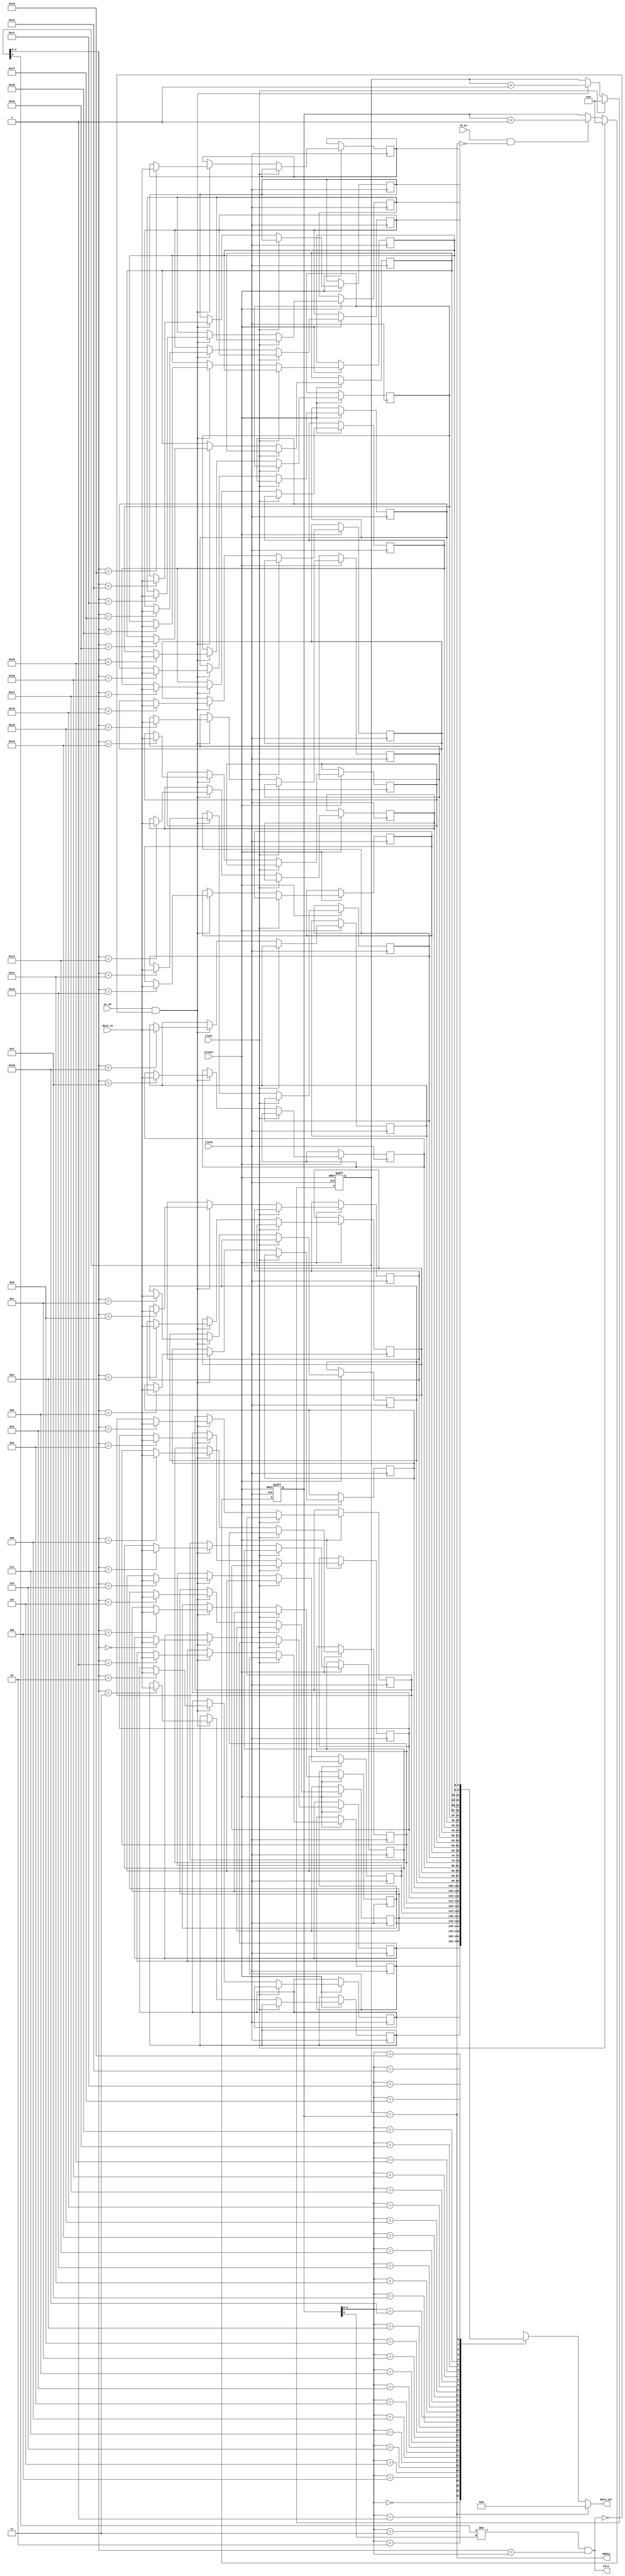
//
//-------------------------------------------------------------------------------------------------
//-------------------------------------------------------------------------------------------------
// modification history
// author          date        description
// ialvarado       2012-03-05  creation
//-------------------------------------------------------------------------------------------------

//-------------------------------------------------------------------------------------------------
//
// MODULE: order_queue
//
//-------------------------------------------------------------------------------------------------
module order_queue (
  clock,
  nreset,
  clear,
  rd_en,
  wr_en,
  empty,
  full,
  data_in,
  data_out
);

  //-----------------------------------------------------------------------------------------------
  // Inputs
  //-----------------------------------------------------------------------------------------------
  input clock;
  input nreset;
  input clear;
  input rd_en;
  input wr_en;

  input [4:0] data_in;

  //-----------------------------------------------------------------------------------------------
  // Outputs
  //-----------------------------------------------------------------------------------------------
  output empty;
  output full;
  output [4:0] data_out;

  //-----------------------------------------------------------------------------------------------
  // Memory
  //-----------------------------------------------------------------------------------------------
  reg [4:0] memory_array [0:31];

  //-----------------------------------------------------------------------------------------------
  // Variables
  //-----------------------------------------------------------------------------------------------
  reg [5:0] wr_ptr;
  reg [5:0] rd_ptr;

  //-----------------------------------------------------------------------------------------------
  // logic
  //-----------------------------------------------------------------------------------------------
  assign empty    = (wr_ptr == rd_ptr);
  assign full     = (wr_ptr[5] != rd_ptr[5]) && (wr_ptr[4:0] == rd_ptr[4:0]);
  assign data_out = empty ? 0 : memory_array[rd_ptr[4:0]];

  //-----------------------------------------------------------------------------------------------
  // Registers logic
  //-----------------------------------------------------------------------------------------------
  always @(posedge clock, negedge nreset) begin
    if(!nreset) begin
      rd_ptr <= 0;
    end
    else if(clear) begin
      rd_ptr <= 0;
    end
    else begin
      if(rd_en && !empty) begin
        rd_ptr <= rd_ptr + 1;
      end
    end
  end

  //-----------------------------------------------------------------------------------------------
  // Registers logic
  //-----------------------------------------------------------------------------------------------
  always @(posedge clock, negedge nreset) begin
    if(!nreset) begin
      wr_ptr <= 0;
    end
    else if(clear) begin
      wr_ptr <= 0;
    end
    else begin
      if(wr_en && !full) begin
        memory_array[wr_ptr[4:0]] <= data_in;
        wr_ptr <= wr_ptr + 1;
      end
    end
  end

endmodule